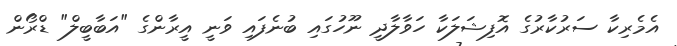
އެމެރިކާ ސަރުކާރުގެ އޮފިޝަލަކާ ހަވާލާދީ ނޫހުގައި ބުނެފައި ވަނީ އީރާންގެ "އަބާބީލް" ޑްރޯން